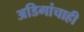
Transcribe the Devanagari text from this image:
अडिगांचाही